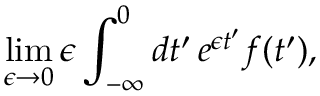
\operatorname* { l i m } _ { \epsilon \to 0 } \epsilon \int _ { - \infty } ^ { 0 } d t ^ { \prime } \, e ^ { \epsilon t ^ { \prime } } f ( t ^ { \prime } ) ,